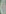
(